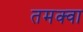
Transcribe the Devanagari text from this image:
तमक्वा